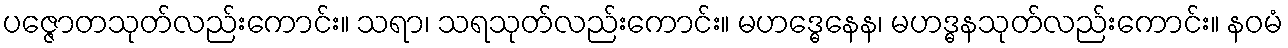
ပဇ္ဇောတသုတ်လည်းကောင်း။ သရာ၊ သရသုတ်လည်းကောင်း။ မဟဒ္ဓေနေန၊ မဟဒ္ဓနသုတ်လည်းကောင်း။ နဝမံ